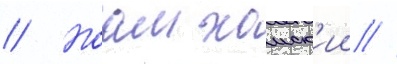
// Ноам хомск'ии //